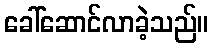
ခေါ်ဆောင်လာခဲ့သည်။